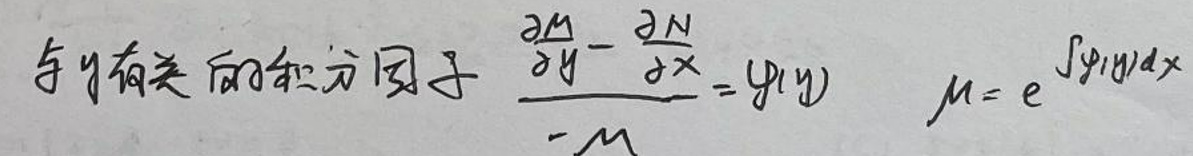
与 \(y\) 有关的积分因子 \(\frac{\frac{\partial M}{\partial y}-\frac{\partial N}{\partial x}}{-M}=\varphi(y)\)  \(\mu = e^{\int\varphi(y)dx}\)